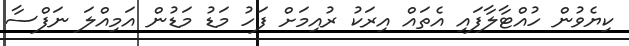
ކިޔެވުން ހުއްޓާލާފައި އެތައް އިރަކު ރުއިމަށް ފަހު މަޑު މަޑުން އަމިއްލަ ނަފްސާ